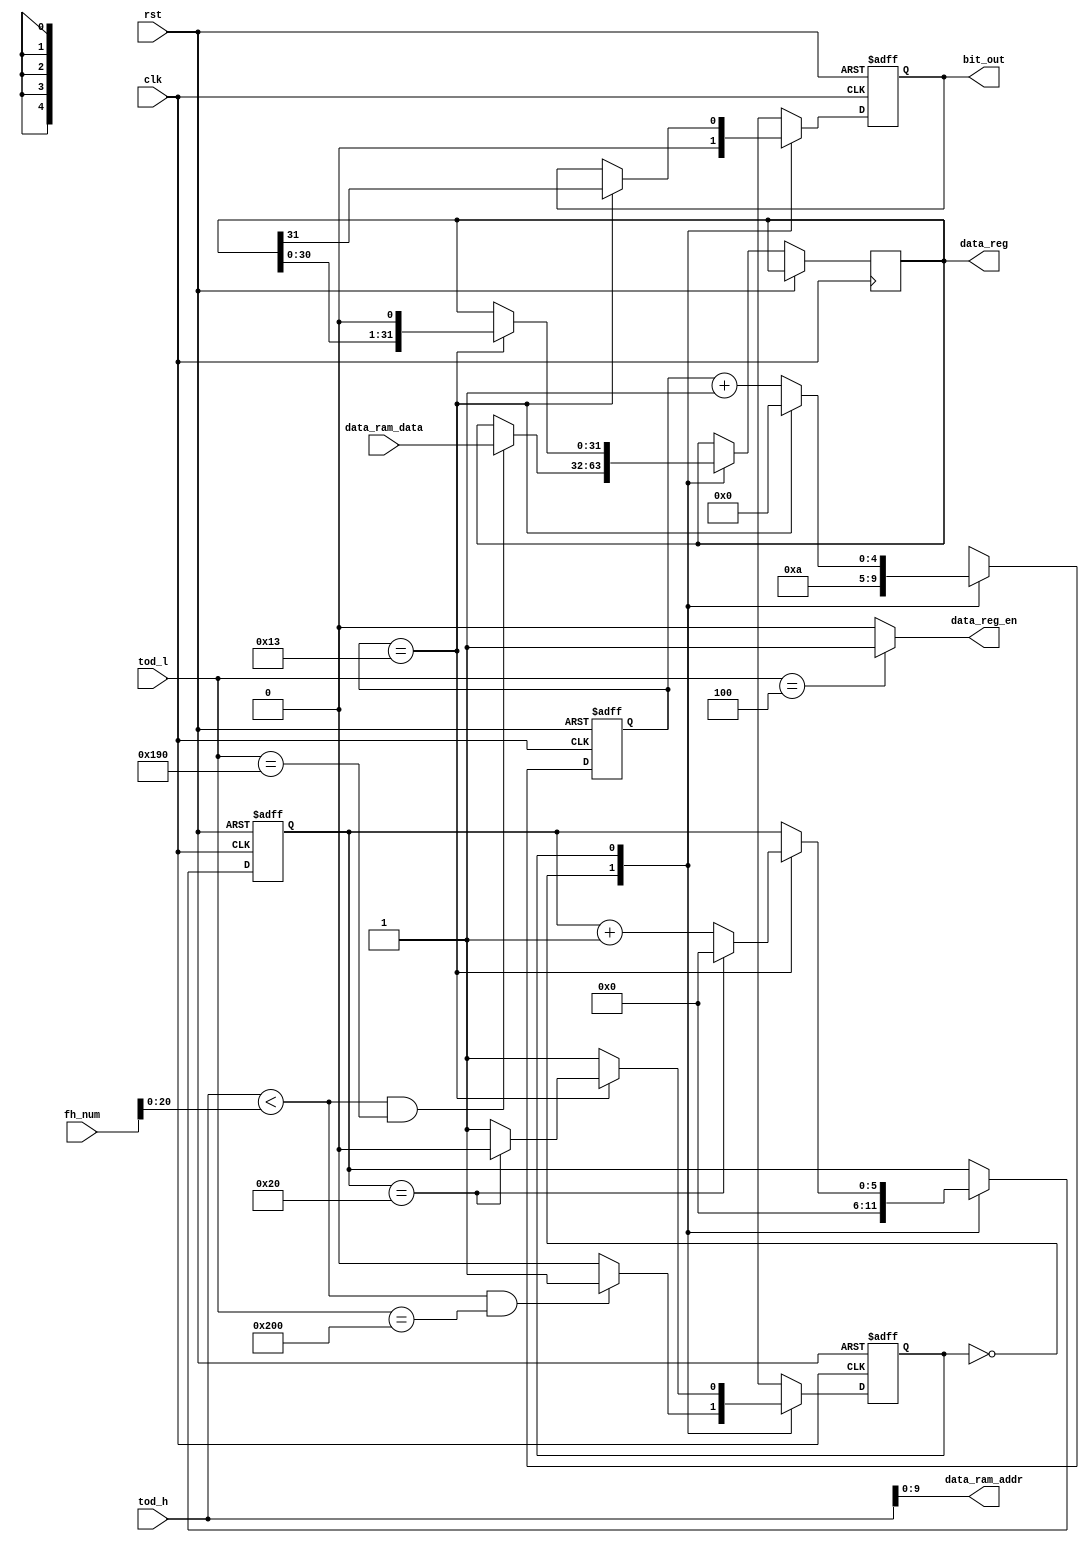
module tx_bit(

input  clk,
input  rst,

input  [20:0] tod_h,
input  [10:0]  tod_l,

input  [31:0] fh_num,           // hooping frequency number register

output [9:0] data_ram_addr,     // send data memory interface
input  [31:0] data_ram_data,

output reg bit_out,             // bit output 


output reg [31:0] data_reg,     // data and data valid signal output used for testing
output data_reg_en
);

assign data_reg_en = (tod_l == 11'd4) ? 1'b1 : 1'b0;     // generate data valid signal

assign data_ram_addr = tod_h ; 
//assign data_ram_addr = ((tod_h < fh_num[20:0]) ? (tod_h[9:0]) : 10'd904);			//90432bit
// 
reg tx_bit_state;
parameter tx_bit_idle = 1'b0;
parameter tx_bit = 1'b1;

reg [5:0] tx_bit_count;
reg [4:0] tx_cnt;

always @(posedge clk or posedge rst)
begin
    if(rst)
        begin
		tx_cnt <= 5'd10;
        bit_out <= 1'b0;
        tx_bit_state <= tx_bit_idle;
        tx_bit_count <= 6'd0;
        end
    else
        begin
        case(tx_bit_state)
        tx_bit_idle:
            begin
			tx_cnt <= 5'd10;
            bit_out <= 1'b0;
            if((tod_h < fh_num[20:0]) && tod_l == 11'd400)      //AD9957
                data_reg <= data_ram_data;
            else
                data_reg <= data_reg;

            tx_bit_count <= 6'd0;

            if((tod_h < fh_num[20:0]) && (tod_l == 11'd512)) // 8us4 the first four bit of every 8us is protected for frequency hopping         
                tx_bit_state <= tx_bit;                     // 4*80/5=64            
            else                            				//because of using AD9957,the hopping frequency protection time should be extended to ensure the hopping frequency system can modulate the needed information
                tx_bit_state <= tx_bit_idle;
            end
            
        tx_bit:
            begin
            if(tx_cnt == 5'd19)                       //every symbol is 200ns that is 20*10ns
                begin
				tx_cnt <= 5'd0;
                bit_out <= data_reg[31];
                data_reg <= {data_reg[30:0], 1'b0};
                
                if(tx_bit_count == 6'd32)                   //every data is 32bit, so it will send 32 times.
                    begin
                    tx_bit_count <= 5'd0;
                    tx_bit_state <= tx_bit_idle;
                    end
                else
                    begin
                    tx_bit_count <= tx_bit_count + 5'd1;
                    tx_bit_state <= tx_bit;
                    end                    
                end
            else
                begin
				tx_cnt <= tx_cnt + 5'd1;
                bit_out <= bit_out;
                tx_bit_state <= tx_bit;
                end
            end
            
        default:
            begin
			tx_cnt <= 5'd10;
            bit_out <=1'b0;
            tx_bit_state <= tx_bit_idle;
            tx_bit_count <= 5'd0;
            end
        endcase
        end
end



endmodule